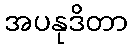
အပနုဒိတာ